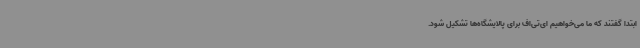
ابتدا گفتند که ما می‌خواهیم ای‌تی‌اف برای پالایشگاه‌ها تشکیل شود.